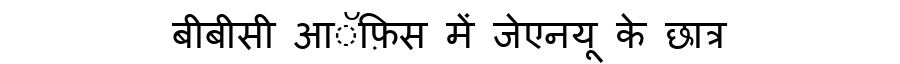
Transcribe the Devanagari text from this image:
बीबीसी आॅफ़िस में जेएनयू के छात्र